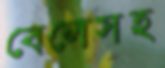
বেলেসহ